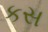
કસ